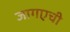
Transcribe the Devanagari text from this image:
जागएची